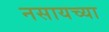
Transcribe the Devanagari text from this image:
नसायच्या